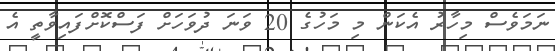
ނަމަވެސް މިހާރު އެކަން މި މަހުގެ 20 ވަނަ ދުވަހަށް ފަސްކޮށްފައިވާތީ އެ